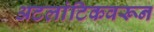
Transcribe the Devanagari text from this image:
अटलांटिकवरून